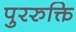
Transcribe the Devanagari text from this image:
पुररुक्ति